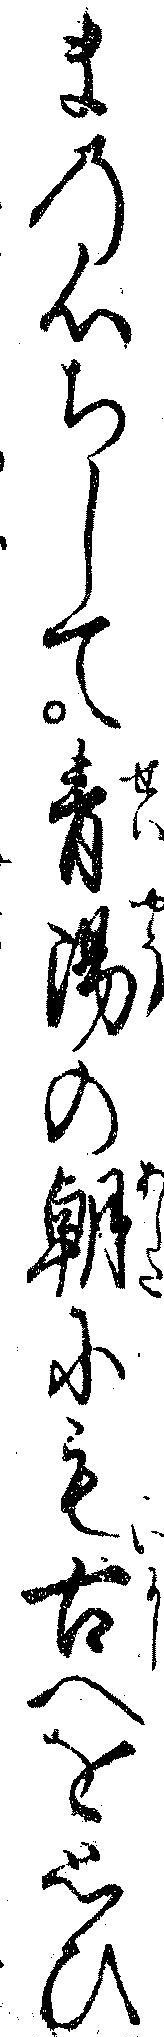
まの心ちして青陽の朝にも古へを思ひ